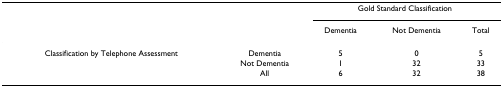
<table><thead><tr><td></td><td></td><td colspan="3"><b>Gold Standard Classification</b></td></tr><tr><td></td><td></td><td><b>Dementia</b></td><td><b>Not Dementia</b></td><td><b>Total</b></td></tr></thead><tbody><tr><td>Classification by Telephone Assessment</td><td>Dementia</td><td>5</td><td>0</td><td>5</td></tr><tr><td></td><td>Not Dementia</td><td>1</td><td>32</td><td>33</td></tr><tr><td></td><td>All</td><td>6</td><td>32</td><td>38</td></tr></tbody></table>